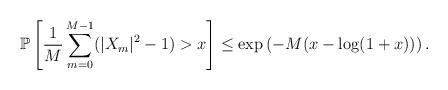
LaTeX: \begin{align*}\mathbb{P} \left[ \frac1M \sum_{m=0}^{M-1} (|X_m|^2 - 1) > x \right] \leq \exp \left( -M ( x - \log(1+x) ) \right) . \end{align*}